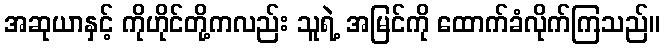
အဆုယာနှင့် ကိုဟိုင်တို့ကလည်း သူရဲ့ အမြင်ကို ထောက်ခံလိုက်ကြသည်။